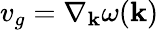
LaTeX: v_{g}=\nabla_{\mathbf{k}}\omega(\mathbf{k})